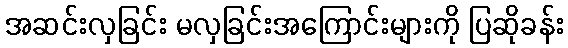
အဆင်းလှခြင်း မလှခြင်းအကြောင်းများကို ပြဆိုခန်း